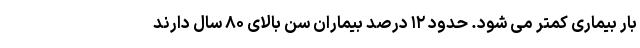
بار بیماری کمتر می شود. حدود ۱۲ درصد بیماران سن بالای ۸۰ سال دارند